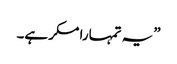
”یہ تمہارا مکر ہے۔